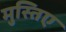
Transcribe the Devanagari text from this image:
मुस्तिए